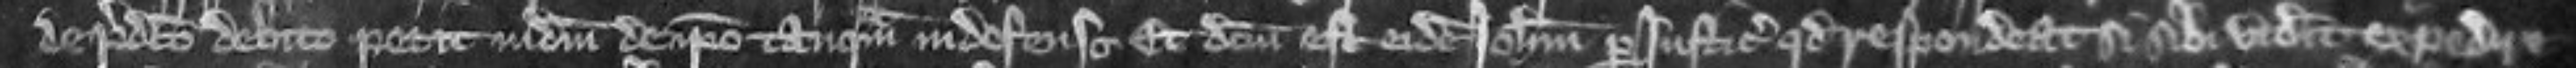
de placito debiti petit judicium de ipso tanquam indefenso Et dictum est eidem Johanni per justiciarios quod respondeat si sibi viderit expedire